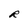
Character: R